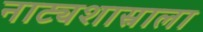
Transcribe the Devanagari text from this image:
नाट्यशास्राला